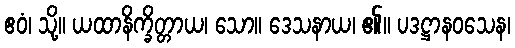
ဧဝံ၊ သို့။ ယထာနိက္ခိတ္တာယ၊ သော။ ဒေသနာယ၊ ၏။ ပဒဋ္ဌာနဝသေန၊